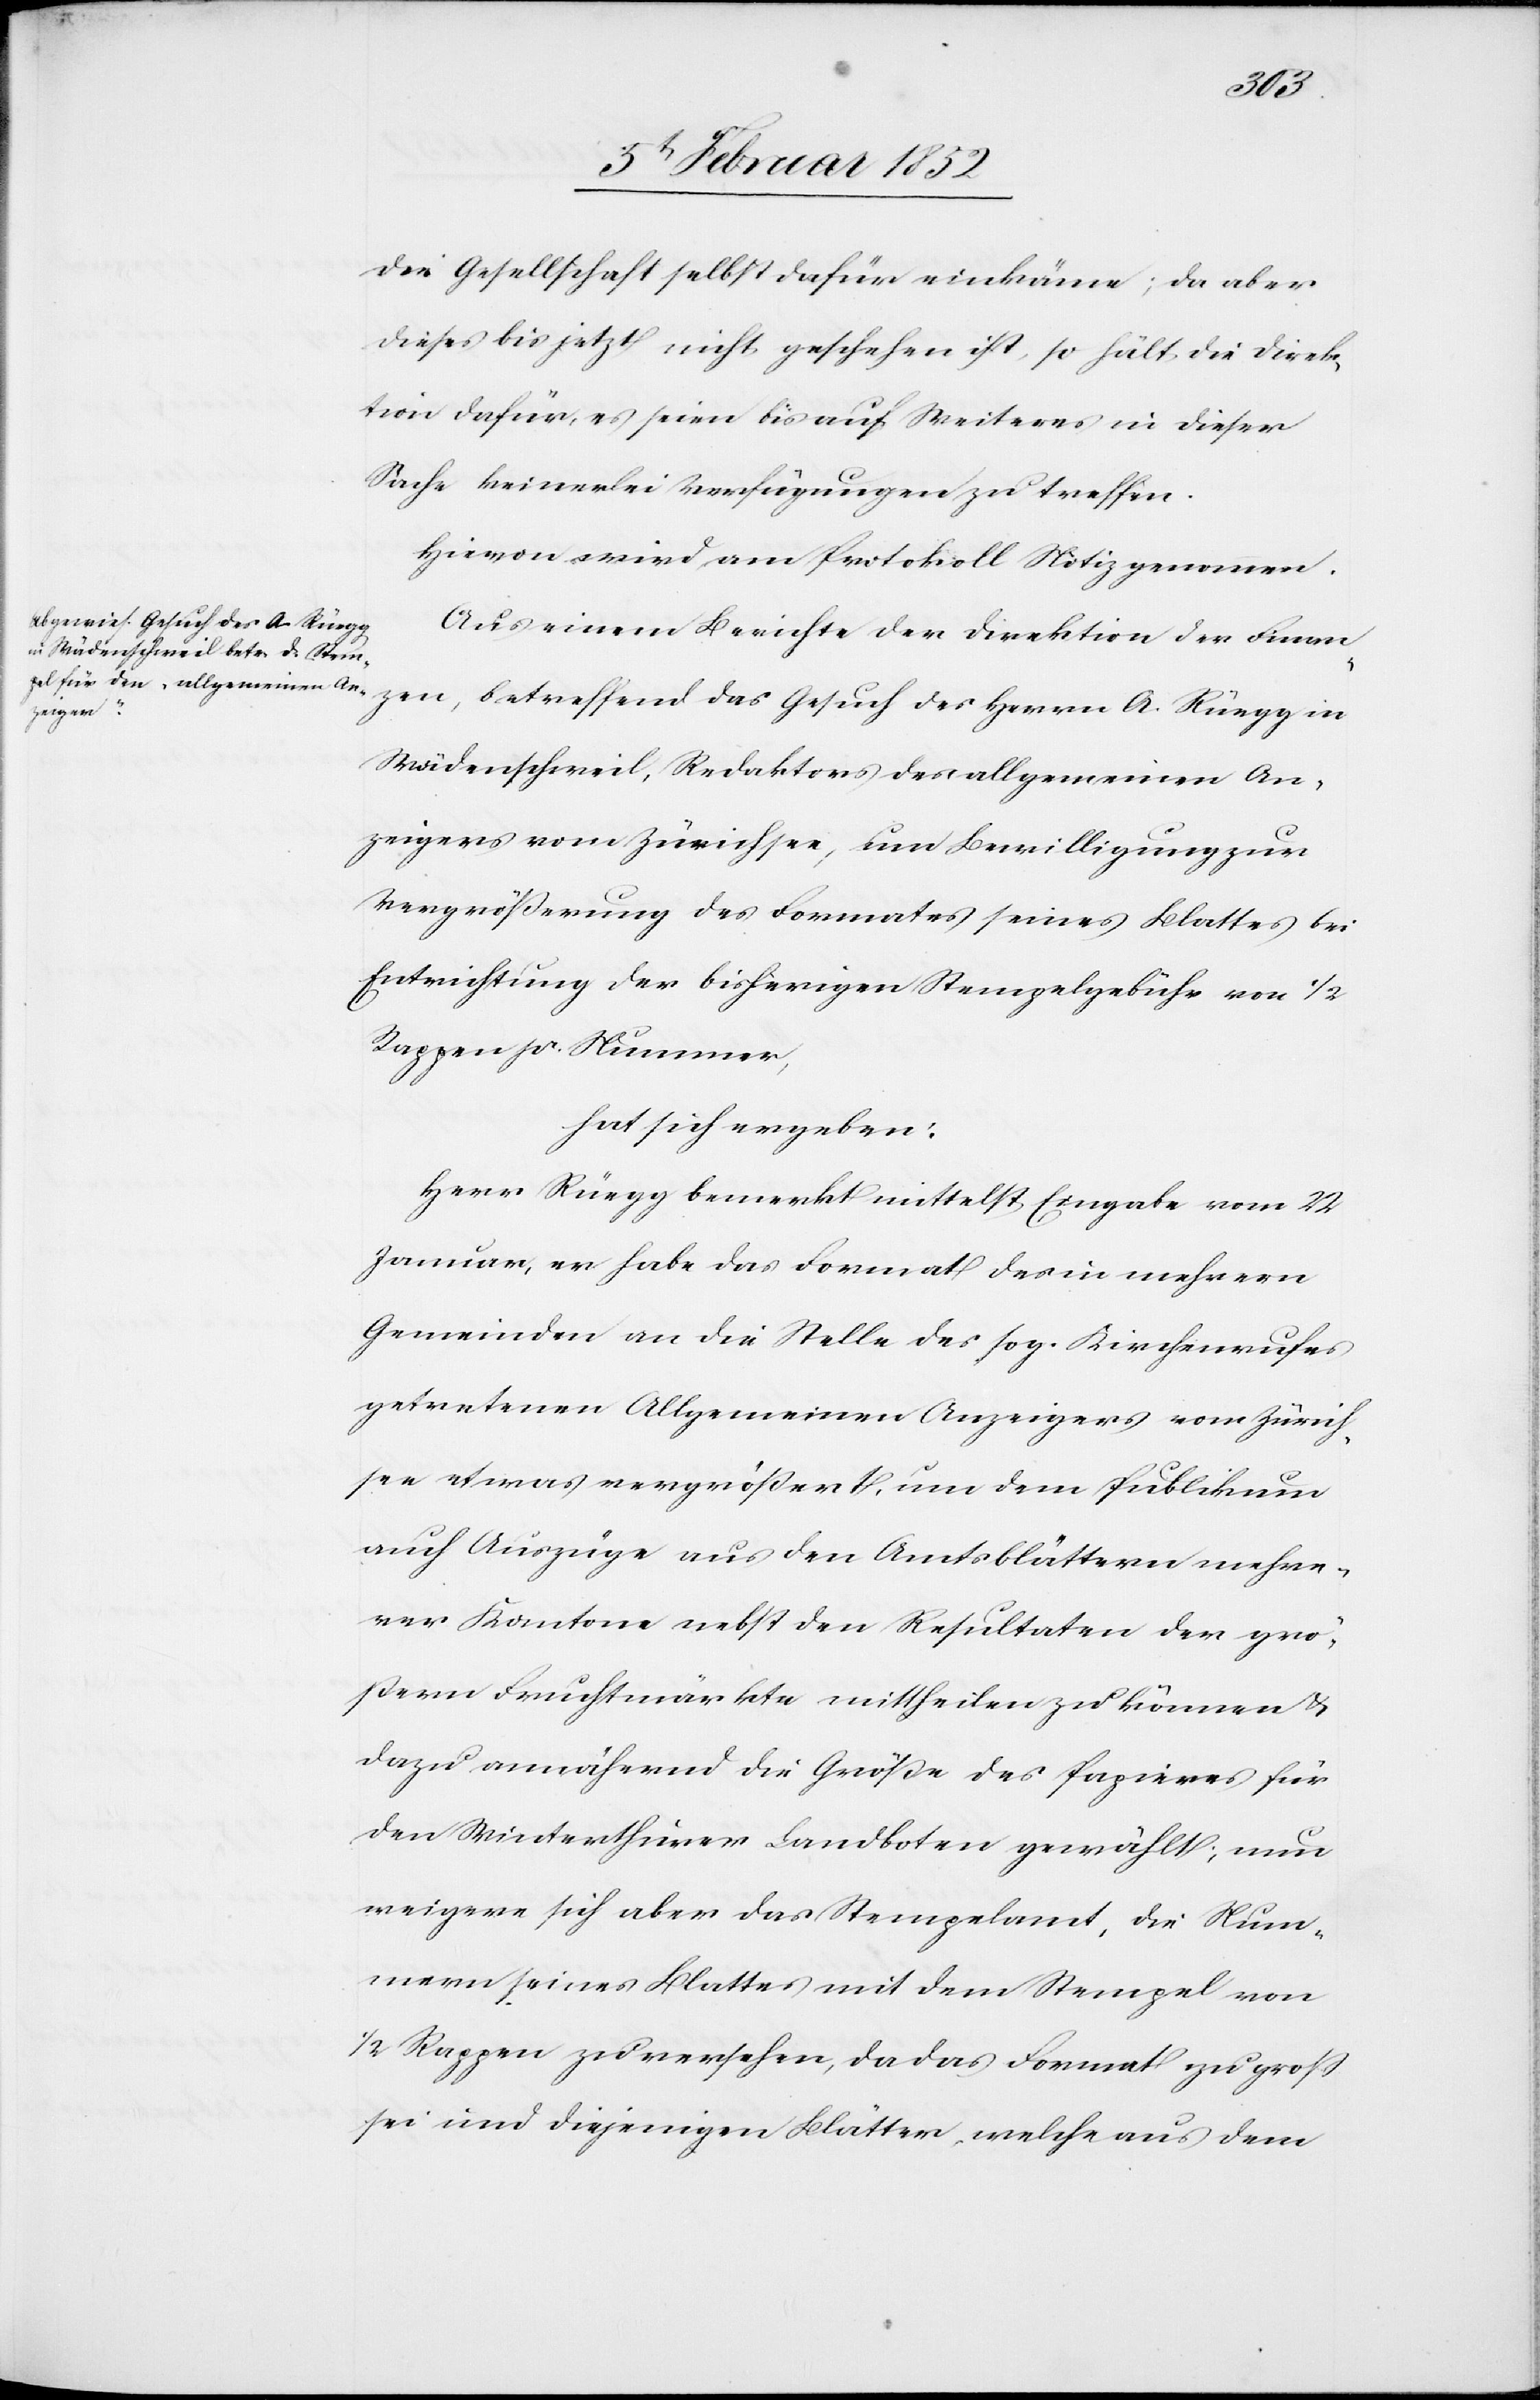
die Gesellschaft selbst dafür einkäme; da aber
dieses bis jetzt nicht geschehen ist, so hält die Direk¬
tion dafür, es seien bis auf Weiteres in dieser
Sache keinerlei Verfügungen zu treffen.
Hievon wird am Protokoll Notiz genommen.
Aus einem Berichte der Direktion der Finan¬
zen, betreffend das Gesuch des Herrn A. Rüegg in
Wädenschweil, Redaktor des allgemeinen An¬
zeigers vom Zürichsee, um Bewilligung zur
Vergrößerung des Formates seines Blattes bei
Entrichtung der bisherigen Stempelgebühr von 1/2
Rappen pr. Nummer,
hat sich ergeben:
Herr Rüegg bemerkt mittelst Eingabe vom 22
Januar, er habe das Format des in mehrern
Gemeinden an die Stelle des sog. Kirchenrufes
getretenen Allgemeinen Anzeigers vom Zürich¬
see etwas vergrößert, um dem Publikum
auch Auszüge aus den Amtsblättern mehre¬
rer Kantone nebst den Resultaten der grö¬
ßern Fruchtmärkte mittheilen zu können u.
dazu annähernd die Größe des Papieres für
den Winterthurer Landboten gewählt, nun
weigere sich aber das Stempelamt, die Num¬
mern seines Blattes mit dem Stempel von
1/2 Rappen zu versehen, da das Format zu groß
sei und diejenigen Blätter, welche aus dem